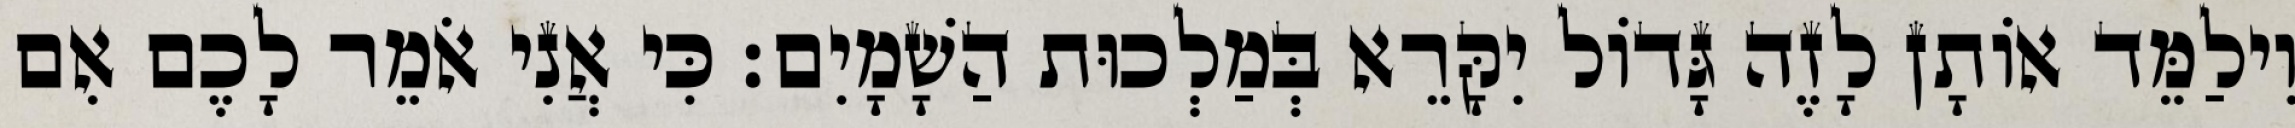
וִילַמֵּד אוֹתָן לָזֶה גָּדוֹל יִקָּרֵא בְּמַלְכוּת הַשָׁמָיִם׃ כִּי אֲנִי אֹמֵר לָכֶם אִם